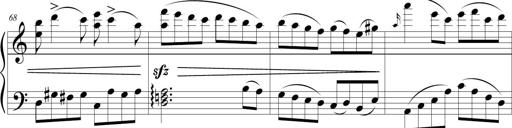
Title: Sonatina (Piano Sonata No.9)
Composer: Richard St. Clair